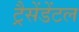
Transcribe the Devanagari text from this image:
ट्रैसेंडेंटल